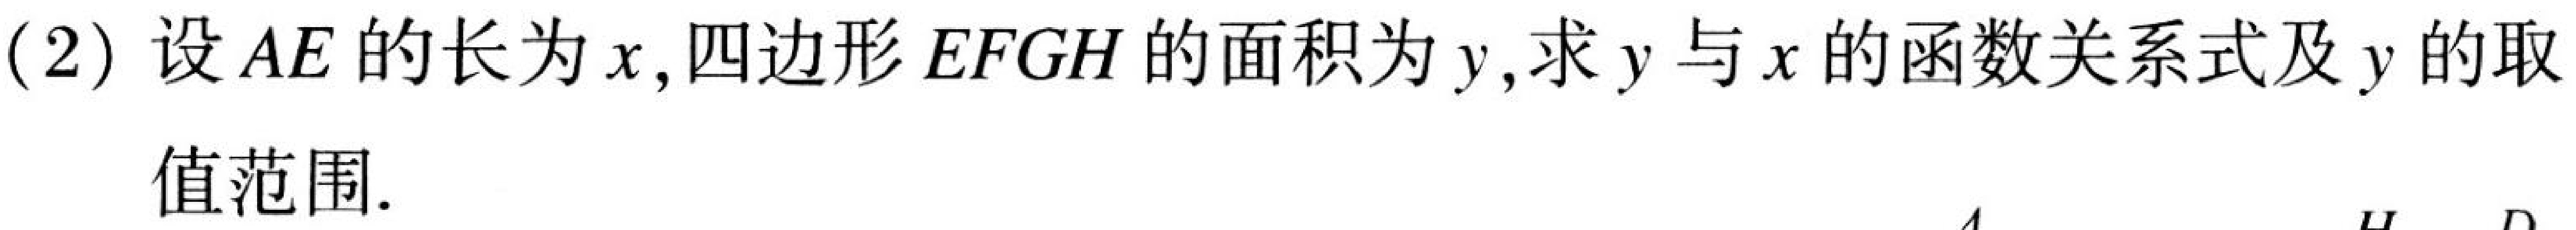
(2) 设\(AE\)的长为\(x\),四边形\(EFGH\)的面积为\(y\),求\(y\)与\(x\)的函数关系式及\(y\)的取
值范围.